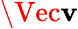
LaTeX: \Vec{\mathbf{v}}